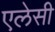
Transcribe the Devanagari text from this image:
एलेसी